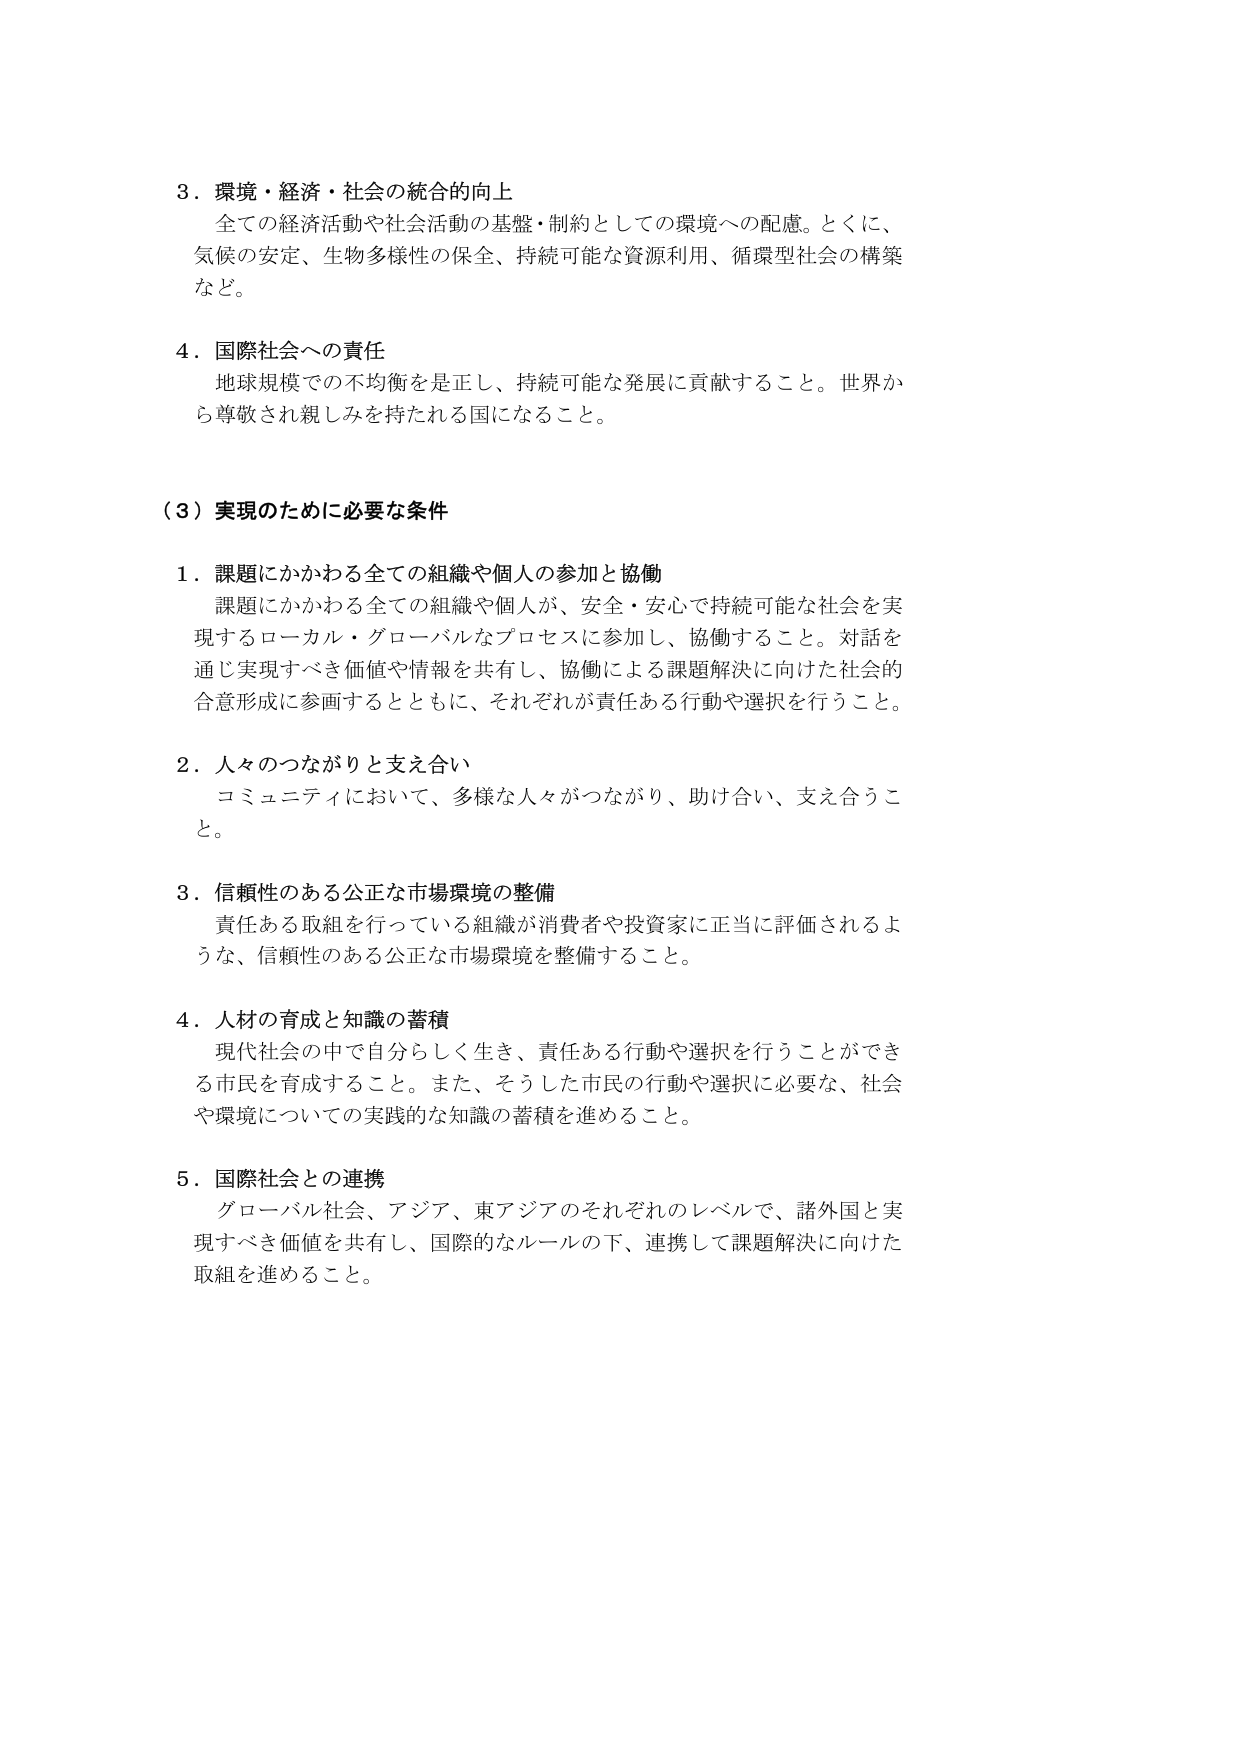
3．環境・経済・社会の統合的向上
全ての経済活動や社会活動の基盤・制約としての環境への配慮。とくに、
気候の安定、生物多様性の保全、持続可能な資源利用、循環型社会の構築
など。

4．国際社会への責任
地球規模での不均衡を是正し、持続可能な発展に貢献すること。世界か
ら尊敬され親しみを持たれる国になること。

（3）実現のために必要な条件

1．課題にかかわる全ての組織や個人の参加と協働
課題にかかわる全ての組織や個人が、安全・安心で持続可能な社会を実
現するローカル・グローバルなプロセスに参加し、協働すること。対話を
通じ実現すべき価値や情報を共有し、協働による課題解決に向けた社会的
合意形成に参画するとともに、それぞれが責任ある行動や選択を行うこと。

2．人々のつながりと支え合い
コミュニティにおいて、多様な人々がつながり、助け合い、支え合うこ
と。

3．信頼性のある公正な市場環境の整備
責任ある取組を行っている組織が消費者や投資家に正当に評価されるよ
うな、信頼性のある公正な市場環境を整備すること。

4．人材の育成と知識の蓄積
現代社会の中で自分らしく生き、責任ある行動や選択を行うことができ
る市民を育成すること。また、そうした市民の行動や選択に必要な、社会
や環境についての実践的な知識の蓄積を進めること。

5．国際社会との連携
グローバル社会、アジア、東アジアのそれぞれのレベルで、諸外国と実
現すべき価値を共有し、国際的なルールの下、連携して課題解決に向けた
取組を進めること。